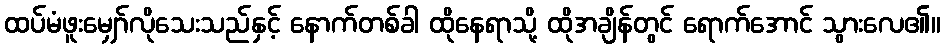
ထပ်မံဖူးမျှော်လိုသေးသည်နှင့် နောက်တစ်ခါ ထိုနေရာသို့ ထိုအချိန်တွင် ရောက်အောင် သွားလေ၏။